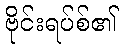
ဗိုင်းရပ်စ်၏